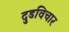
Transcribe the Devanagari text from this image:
दुडविचार